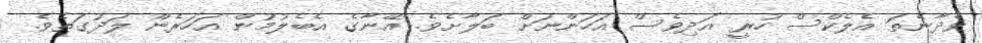
ވެދާނެތަ އެލެކްސް ހުރީ އަދިވެސް އަހަންނަށް ބަލާށެވެ. އޭނާގެ އެބެލުމުން އަހަރެން ލަދުގަތެވެ.